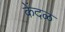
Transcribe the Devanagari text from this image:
केंदळ